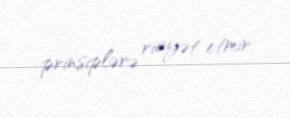
prinsiplərə riayət etmir.